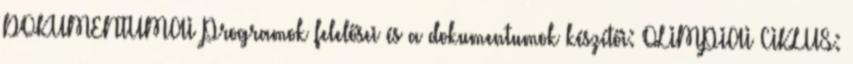
DOKUMENTUMAI Programok felelősei és a dokumentumok készítői: OLIMPIAI CIKLUS: